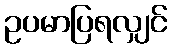
ဥပမာပြရလျှင်